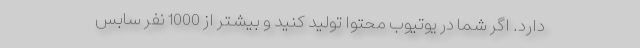
دارد. اگر شما در یوتیوب محتوا تولید کنید و بیشتر از 1000 نفر سابس